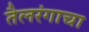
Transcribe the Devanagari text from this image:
तैलरंगाचा